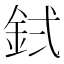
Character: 𬫇